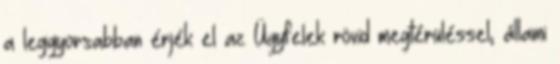
a leggyorsabban érjék el az Ügyfelek rövid megtérüléssel, állami